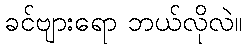
ခင်ဗျားရော ဘယ်လိုလဲ။